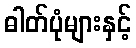
ဓါတ်ပုံများနှင့်